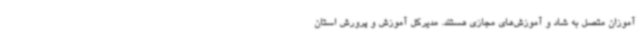
آموزان متصل به شاد و آموزش‌های مجازی هستند. مدیرکل آموزش و پرورش استان